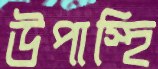
উপাস্হি